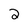
Character: 2